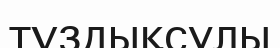
тұздықсулы